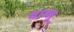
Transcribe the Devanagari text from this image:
चाप्सू